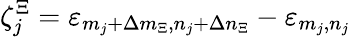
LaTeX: \zeta_{j}^{\Xi}=\varepsilon_{m_{j}+\Delta m_{\Xi},n_{j}+\Delta n_{\Xi}}-\varepsilon_{m_{j},n_{j}}